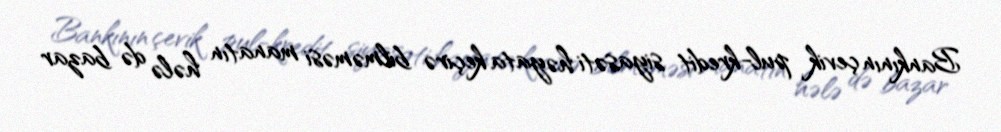
Bankının çevik pul-kredit siyasəti həyata keçirə bilməməsi manatın hələ də bazar